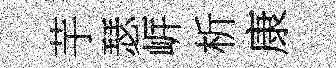
芋瑟㟁析康